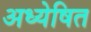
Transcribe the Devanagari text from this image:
अध्येषित